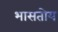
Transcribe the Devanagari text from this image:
भासतोय